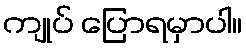
ကျုပ် ပြောရမှာပါ။